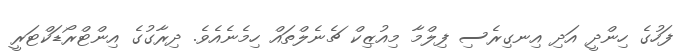
ފަހުގެ ހިންދީ އަދި އިނގިރެސި ފިލްމާ މިއުޒިކް ޗެނެލްތައް ހިމެނެއެވެ. ދިރާގުގެ އިންޓްރޯޑަކްޓަރީ